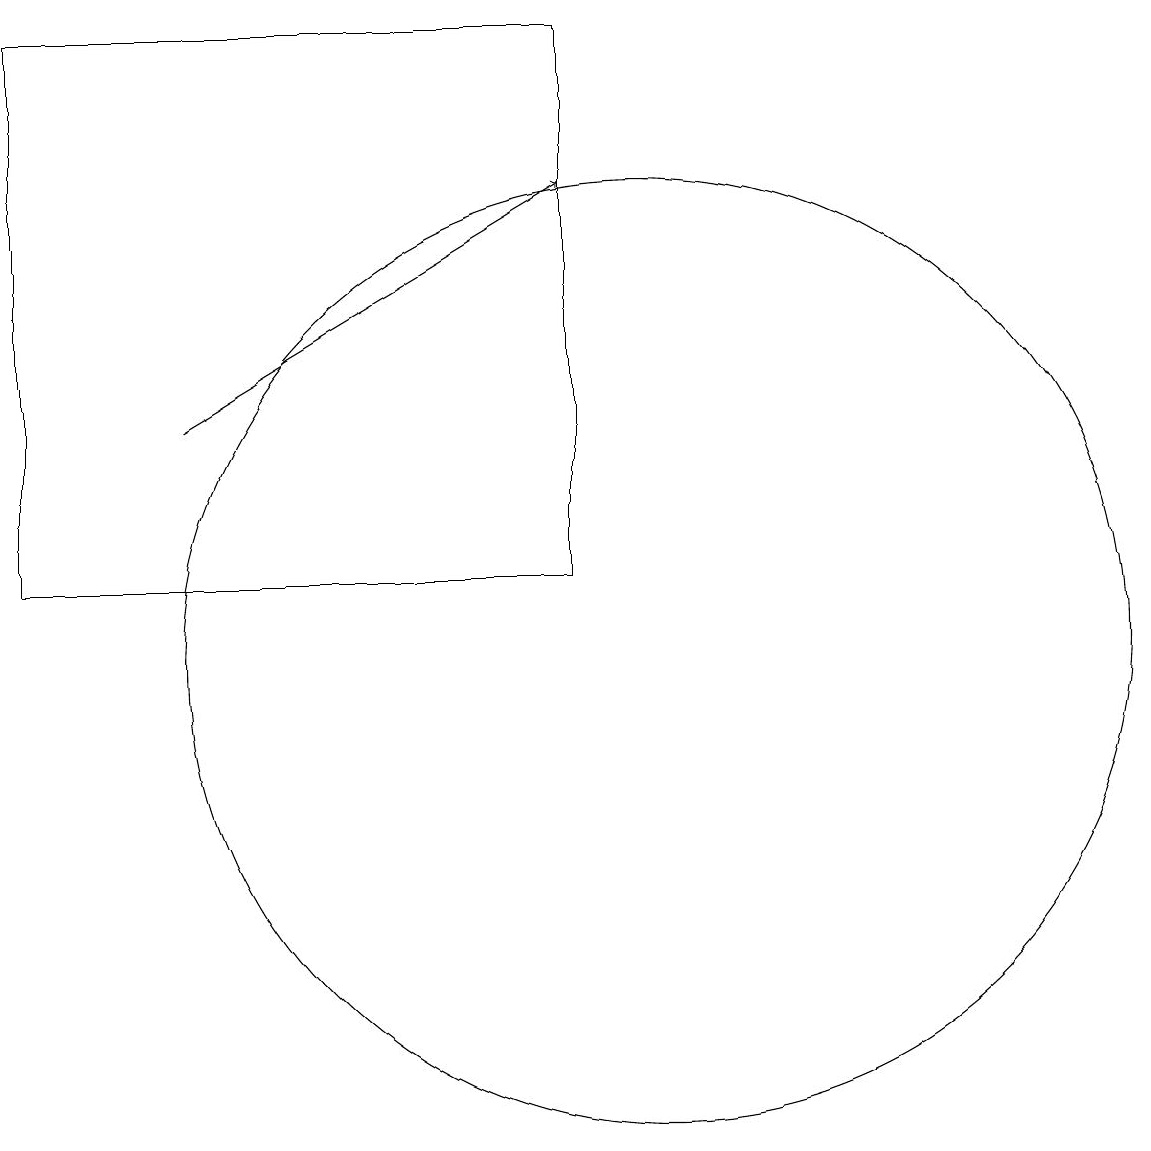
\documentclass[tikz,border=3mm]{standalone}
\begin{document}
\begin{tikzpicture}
\draw (10,11) circle (6);
\draw (9,12) rectangle (2,19);
\draw[->] (4,14) -- (9,17);
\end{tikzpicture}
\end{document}